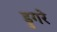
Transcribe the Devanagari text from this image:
डुगरे